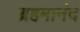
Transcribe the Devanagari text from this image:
ब्रहमानंद